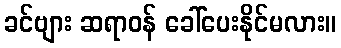
ခင်ဗျား ဆရာဝန် ခေါ်ပေးနိုင်မလား။